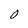
Character: 0